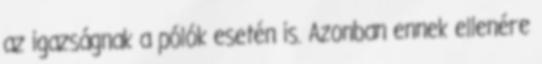
az igazságnak a pólók esetén is. Azonban ennek ellenére